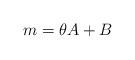
LaTeX: \begin{align*} m=\theta A+B \end{align*}